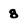
Character: 8